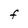
Character: F